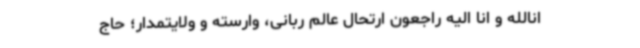
انالله و انا الیه راجعون ارتحال عالم ربانی، وارسته و ولایتمدار؛ حاج